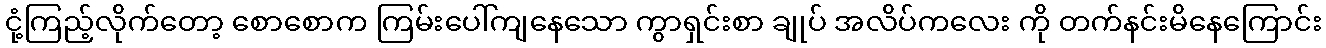
ငုံ့ကြည့်လိုက်တော့ စောစောက ကြမ်းပေါ်ကျနေသော ကွာရှင်းစာ ချုပ် အလိပ်ကလေး ကို တက်နင်းမိနေကြောင်း